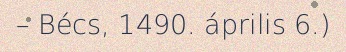
– Bécs, 1490. április 6.)